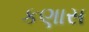
કણાસ